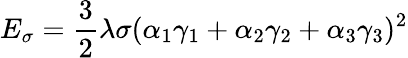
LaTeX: E_{\sigma}={\frac{3}{2}}\lambda\sigma(\alpha_{1}\gamma_{1}+\alpha_{2}\gamma_{2}+\alpha_{3}\gamma_{3})^{2}